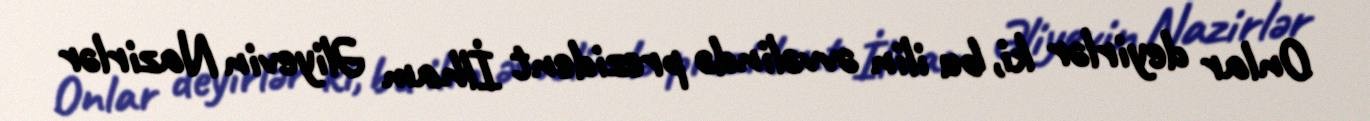
Onlar deyirlər ki, bu ilin əvvəlində prezident İlham Əliyevin Nazirlər